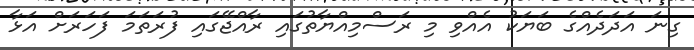
ގިނަ އަދަދެއްގެ ބަޔަކު އެއްވި މި ރަސްމިއްޔާތުގައި ރާއްޖޭގައި ފުރަތަމަ ފަހަރަށް އަޅާ